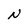
Character: N